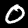
Digit: 0